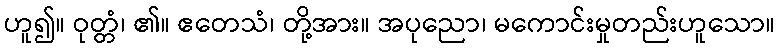
ဟူ၍။ ဝုတ္တံ၊ ၏။ ဧတေသံ၊ တို့အား။ အပုညော၊ မကောင်းမှုတည်းဟူသော။